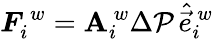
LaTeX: \boldsymbol{F}_{i}^{\, w}=\mathbf{A}_{i}^{\, w}\Delta\mathcal{P}\, \hat{{\vec{{e}}}}_{i}^{\, w}